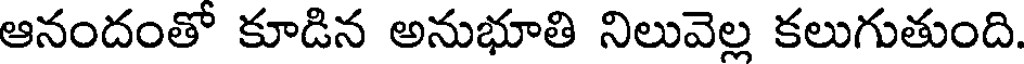
ఆనందంతో కూడిన అనుభూతి నిలువెల్ల కలుగుతుంది.